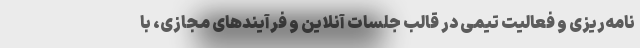
نامه‌ریزی و فعالیت تیمی در قالب جلسات آنلاین و فرآیندهای مجازی، با